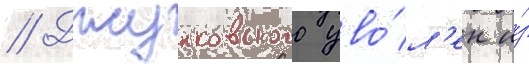
// Джунковского уво́л'ен и́з